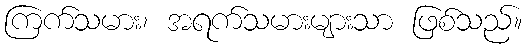
ကြက်သမား၊ အရက်သမားများသာ ဖြစ်သည်။